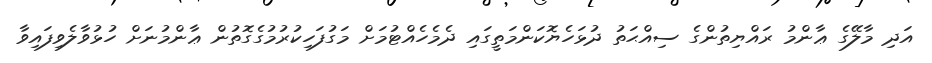
އަދި މާލޭގެ ޢާންމު ރައްޔިތުންގެ ސިއްޙަތު ދުޅަހެޔޮކަންމަތީގައި ދެމެހެއްޓުމަށް މަގުފަހިކުރުމުގެގޮތުން ޢާންމުނަށް ހުޅުވާލެވިފައިވާ